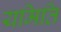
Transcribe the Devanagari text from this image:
यमिति